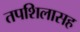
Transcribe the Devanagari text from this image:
तपशिलासह